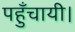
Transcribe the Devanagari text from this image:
पहुँचायी।